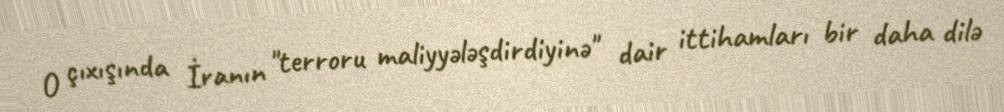
O çıxışında İranın "terroru maliyyələşdirdiyinə" dair ittihamları bir daha dilə